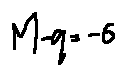
M - q = - \sigma